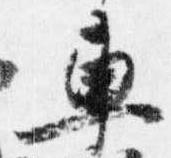
車